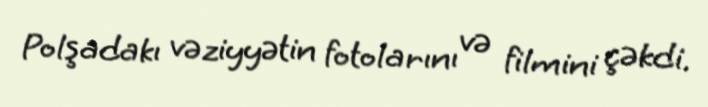
Polşadakı vəziyyətin fotolarını və filmini çəkdi.